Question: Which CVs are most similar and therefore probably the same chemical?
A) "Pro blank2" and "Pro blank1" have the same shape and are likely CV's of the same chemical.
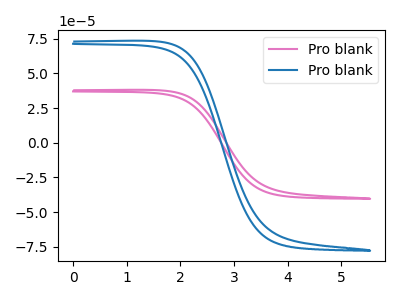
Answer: <think>The pink curve "Pro blank1" has no peaks. The blue curve "Pro blank2" has no peaks.
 Neither "Pro blank1" or "Pro blank2" have any peaks.</think>
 <answer>A) "Pro blank2" and "Pro blank1" have the same shape and are likely CV's of the same chemical.</answer>
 <eval>A</eval>